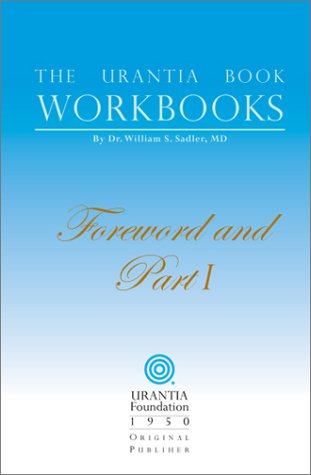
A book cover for The Urantia Book Workbooks: Volume I - Foreword and Part I; William S. Sadler; Religion & Spirituality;